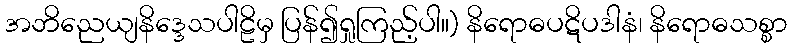
အဘိညေယျနိဒ္ဒေသပါဠိမှ ပြန်၍ရှုကြည့်ပါ။) နိရောဓပဋိပဒါနံ၊ နိရောဓသစ္စာ